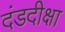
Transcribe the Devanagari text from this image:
दंडदीक्षा